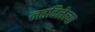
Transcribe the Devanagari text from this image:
लढविलेल्या